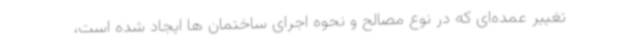
تغییر عمده‌ای که در نوع مصالح و نحوه‌ اجرای ساختمان ها ایجاد شده است،